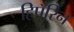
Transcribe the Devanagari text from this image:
हिपॅरिन